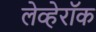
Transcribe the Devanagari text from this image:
लेव्हेरॉक